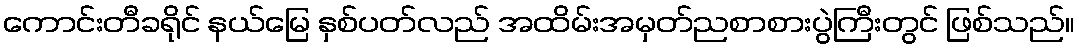
ကောင်းတီခရိုင် နယ်မြေ နှစ်ပတ်လည် အထိမ်းအမှတ်ညစာစားပွဲကြီးတွင် ဖြစ်သည်။